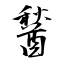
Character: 醔